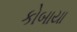
કોબાયા